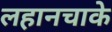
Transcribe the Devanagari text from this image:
लहानचाके